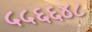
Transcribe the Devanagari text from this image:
५५६६४८